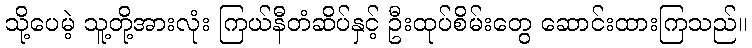
သို့ပေမဲ့ သူ့တို့အားလုံး ကြယ်နီတံဆိပ်နှင့် ဦးထုပ်စိမ်းတွေ ဆောင်းထားကြသည်။